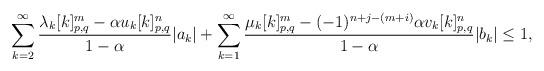
LaTeX: \begin{align*}\sum\limits_{k=2}^\infty\frac{\lambda_k[k]^m_{p,q}-\alpha u_k[k]^n_{p,q}}{1-\alpha}|a_{k}|+\sum\limits_{k=1}^\infty\frac{\mu_k[k]^m_{p,q}-(-1)^{n+j-(m+i)}\alpha v_k[k]^n_{p,q}}{1-\alpha}|b_{k}|\leq 1,\end{align*}